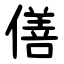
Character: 僐